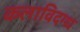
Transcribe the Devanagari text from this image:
कलाविदग्ध